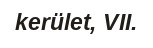
kerület, VII.